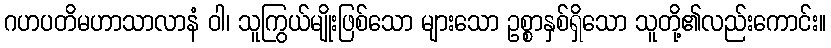
ဂဟပတိမဟာသာလာနံ ဝါ၊ သူကြွယ်မျိုးဖြစ်သော များသော ဥစ္စာနှစ်ရှိသော သူတို့၏လည်းကောင်း။